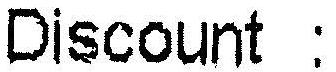
DISCOUNT :